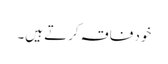
خود فاقہ کرتے ہیں۔